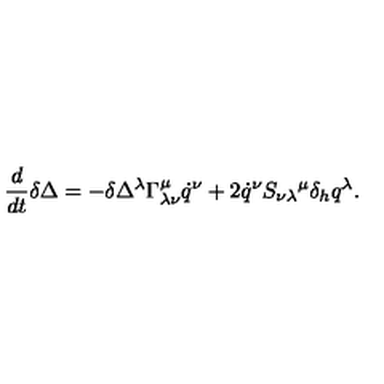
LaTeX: \frac { d } { d t } \delta \Delta = - \delta \Delta ^ { \lambda } \Gamma _ { \lambda \nu } ^ { \mu } \dot { q } ^ { \nu } + 2 \dot { q } ^ { \nu } S _ { \nu \lambda } { } ^ { \mu } \delta _ { h } q ^ { \lambda } .